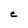
Character: C